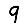
Digit: 9